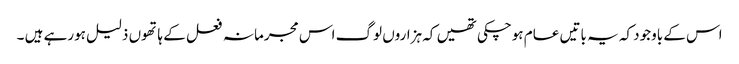
اس کے باوجود کہ یہ باتیں عام ہوچکی تھیں کہ ہزاروں لوگ اس مجرمانہ فعل کے ہاتھوں ذلیل ہورہے ہیں ۔